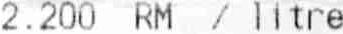
2.200 RM / LLITRE